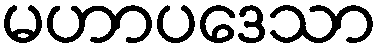
မဟာပဒေသာ